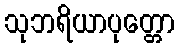
သုဘရိယာပုတ္တော